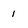
Character: 1